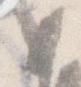
り